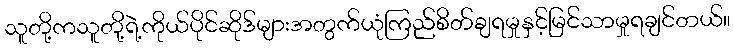
သူတို့ကသူတို့ရဲ့ကိုယ်ပိုင်ဆိုဒ်များအတွက်ယုံကြည်စိတ်ချရမှုနှင့်မြင်သာမှုရချင်တယ်။